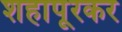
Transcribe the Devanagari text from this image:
शहापूरकर